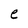
Character: e